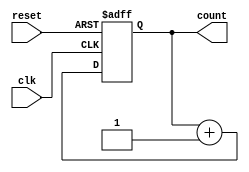
module async_reset_counter (
    input wire clk,            // Clock input
    input wire reset,          // Asynchronous reset input
    output reg [7:0] count     // 8-bit counter output
);

    // Asynchronous reset behavior
    always @(posedge clk or posedge reset) begin
        if (reset) begin
            count <= 8'b0;     // Reset state: Set count to 0
        end else begin
            count <= count + 1; // Normal operation: Increment count
        end
    end

endmodule